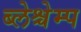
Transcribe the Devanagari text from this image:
ब्लेश्चेम्प